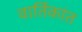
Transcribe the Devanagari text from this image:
वार्तिकांत